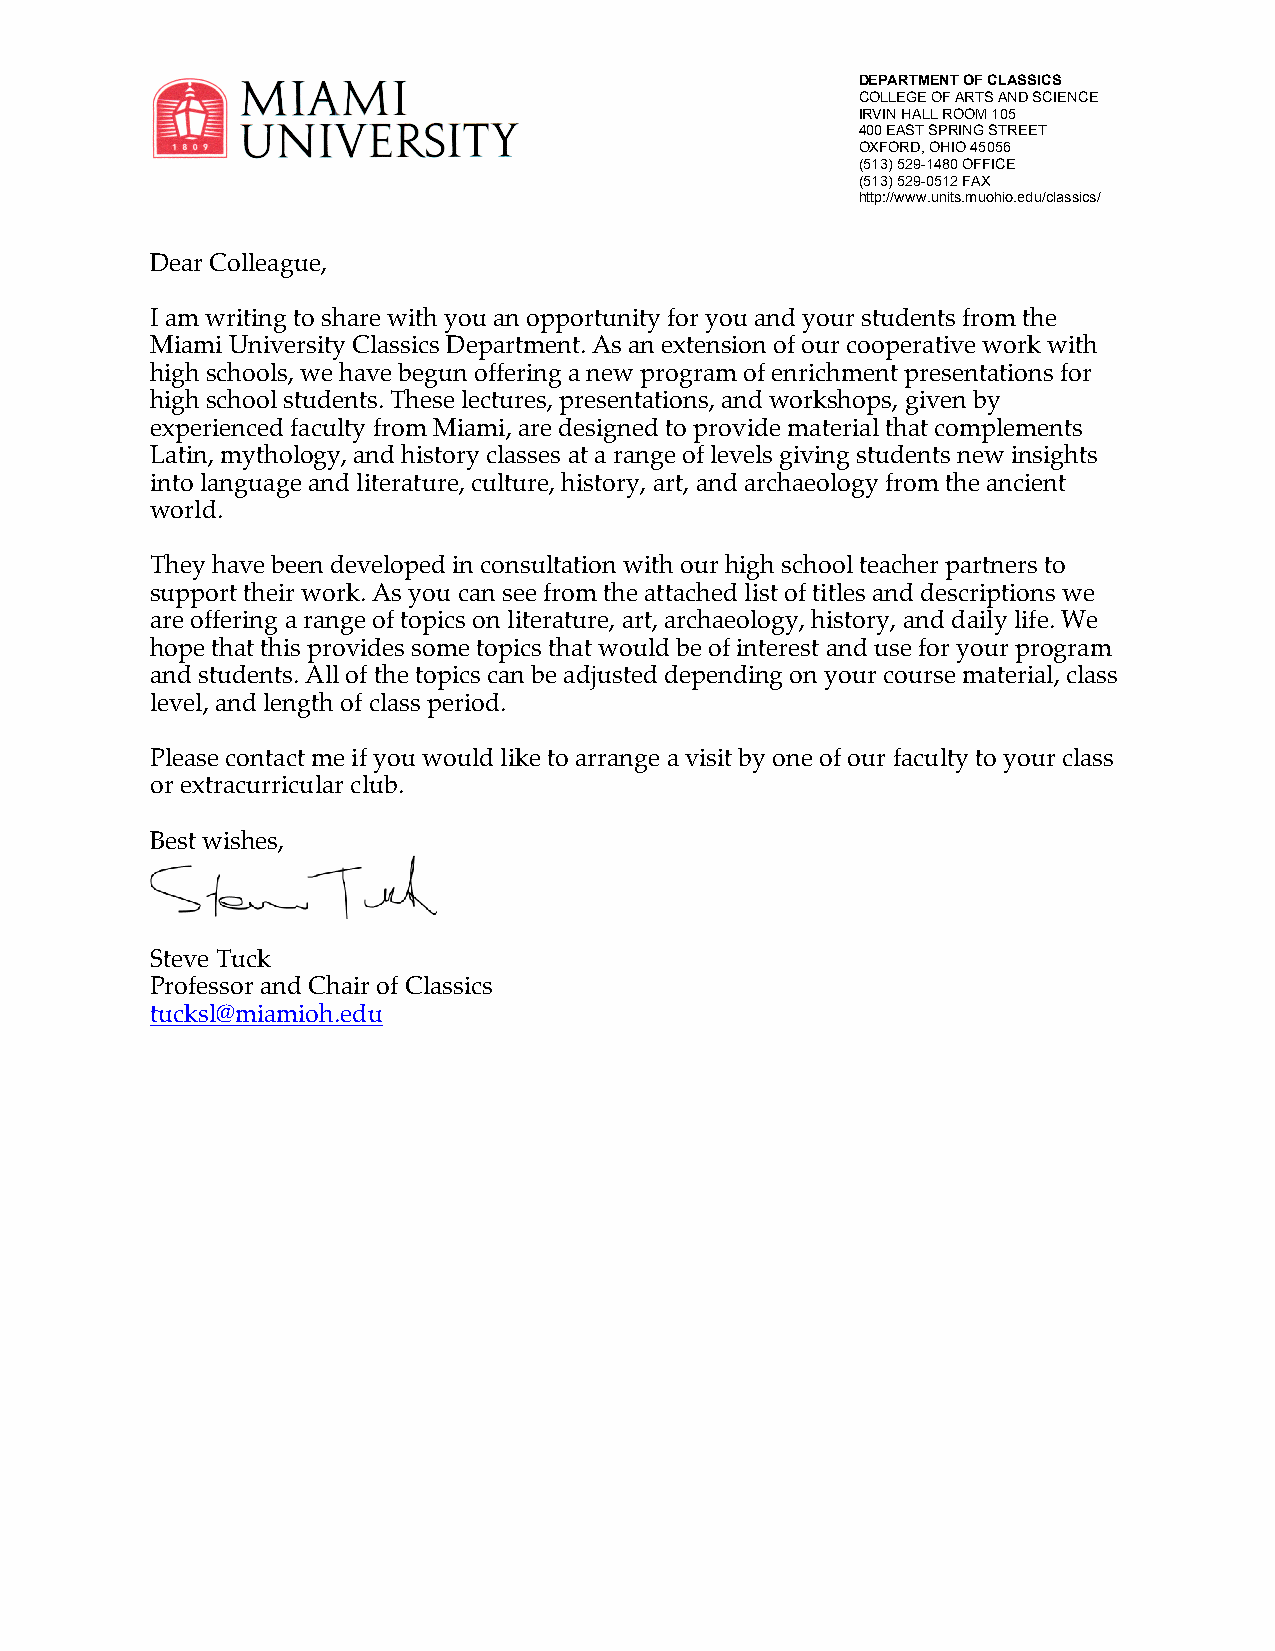
DEPARTMENT OF CLASSICS
 COLLEGE OF ARTS AND SCIENCE
 IRVIN HALL ROOM 105
 400 EAST SPRING STREET
 OXFORD, OHIO 45056
 (513) 529-1480 OFFICE
 (513) 529-0512 FAX
 http://www.units.muohio.edu/classics/
 Dear Colleague,
 I am writing to share with you an opportunity for you and your students from the
 Miami University Classics Department. As an extension of our cooperative work with
 high schools, we have begun offering a new program of enrichment presentations for
 high school students. These lectures, presentations, and workshops, given by
 experienced faculty from Miami, are designed to provide material that complements
 Latin, mythology, and history classes at a range of levels giving students new insights
 into language and literature, culture, history, art, and archaeology from the ancient
 world.
 They have been developed in consultation with our high school teacher partners to
 support their work. As you can see from the attached list of titles and descriptions we
 are offering a range of topics on literature, art, archaeology, history, and daily life. We
 hope that this provides some topics that would be of interest and use for your program
 and students. All of the topics can be adjusted depending on your course material, class
 level, and length of class period.
 Please contact me if you would like to arrange a visit by one of our faculty to your class
 or extracurricular club.
 Best wishes,
 Steve Tuck
 Professor and Chair of Classics
 tucksl@miamioh.edu